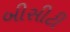
બીસીટી